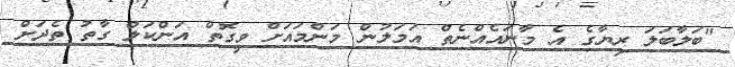
"ބަލާބަލަ ރިޔާގެ އެ މާނައެއްނެތް އަމަލުން މަންމައަށް ވީގޮތް އަންކަލް ގާތު ތެދަށް